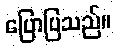
ပြောပြသည်။